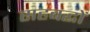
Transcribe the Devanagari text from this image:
सहबद्धों